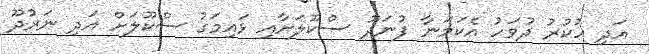
އަދި ހުކުރު ދުވަހު އެކަމަނާ ފުނަދޫ ސްކޫލަށާއި ޅައިމަގު ސްކޫލަށް އަދި ނަރުދޫ